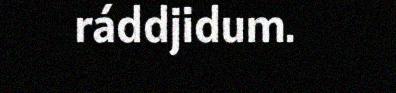
ráddjidum.